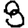
Digit: 8